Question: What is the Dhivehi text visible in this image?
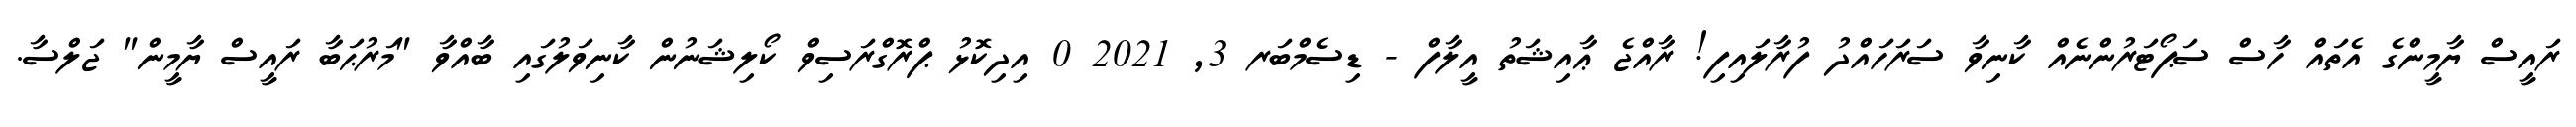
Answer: ރައީސް ޔާމީންގެ އެތައް ހާސް ސަޕޯޓަރުންނެއް ކާނިވާ ސަރަހައްދު ފުރާލައިފި! ރާއްޖެ ޢާއިޝަތު އީލާފް - ޑިސެމްބަރ 3, 2021 0 އިދިކޮޅު ޕްރޮގްރަސިވް ކޯލިޝަނުން ކާނިވަލުގައި ބާއްވާ "މަރުޙަބާ ރައީސް ޔާމީން" ޖަލްސާ.